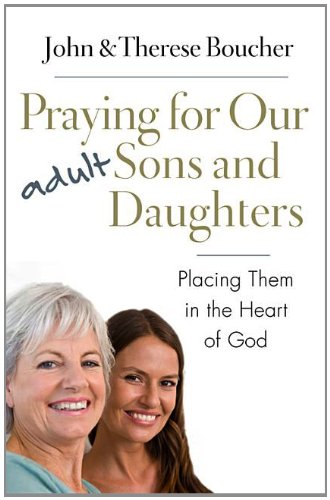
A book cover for Praying for Our Adult Sons and Daughters: Placing Them in the Heart of God; John J. Boucher; Christian Books & Bibles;